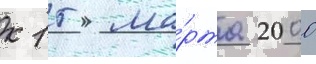
к 15 ма́рта 2000